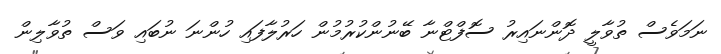
ނަމަވެސް ތުވާލީ ދޮންނައިރު ސޮފްޓްނާ ބޭނުންކުރުމުން ހަރުލާފައި ހުންނަ ނުބައި ވަސް ތުވާލިން